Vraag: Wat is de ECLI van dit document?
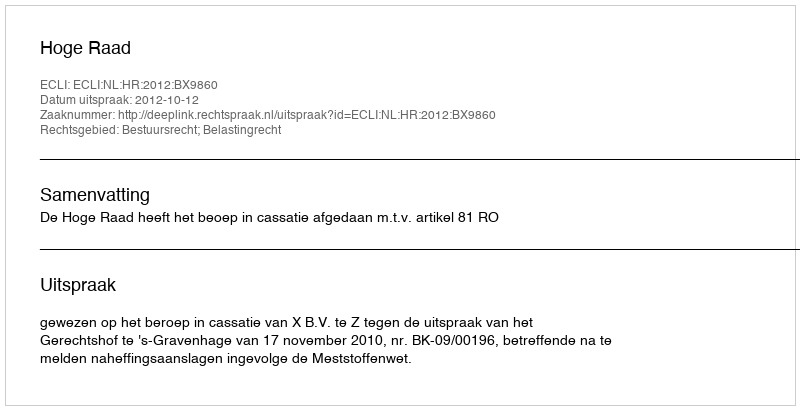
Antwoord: ECLI:NL:HR:2012:BX9860